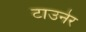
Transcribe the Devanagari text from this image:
टाउनेर